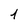
Character: 1